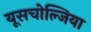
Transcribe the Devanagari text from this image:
यूसचोल्जिया